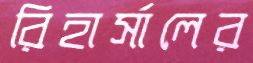
রিহার্সালের